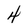
Character: 4